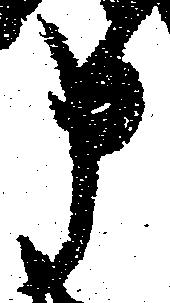
申